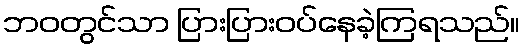
ဘဝတွင်သာ ပြားပြားဝပ်နေခဲ့ကြရသည်။